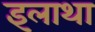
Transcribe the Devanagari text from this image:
इलाथा